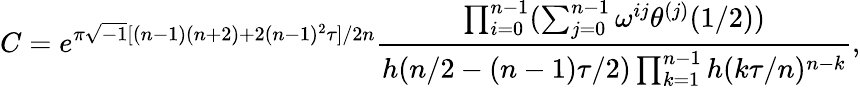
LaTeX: C=e^{\pi\sqrt{-1}[(n-1)(n+2)+2(n-1)^{2}\tau]/2n}\displaystyle\frac{\prod_{i=0}^{n-1}(\sum_{j=0}^{n-1}\omega^{ij}\theta^{(j)}(1/2))}{h(n/2-(n-1)\tau/2)\prod_{k=1}^{n-1}h(k\tau/n)^{n-k}},